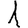
Digit: 1